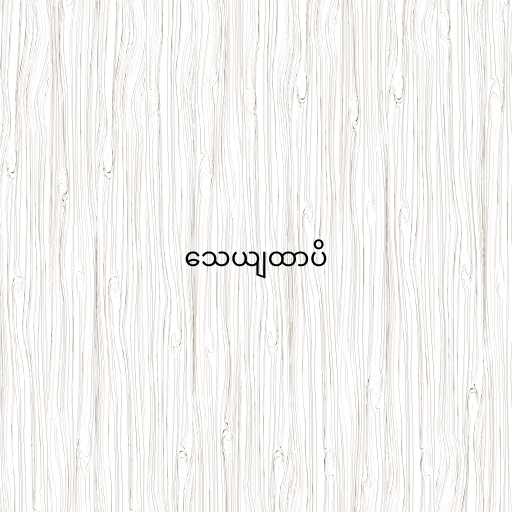
သေယျထာပိ